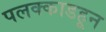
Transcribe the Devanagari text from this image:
पलक्काडहून